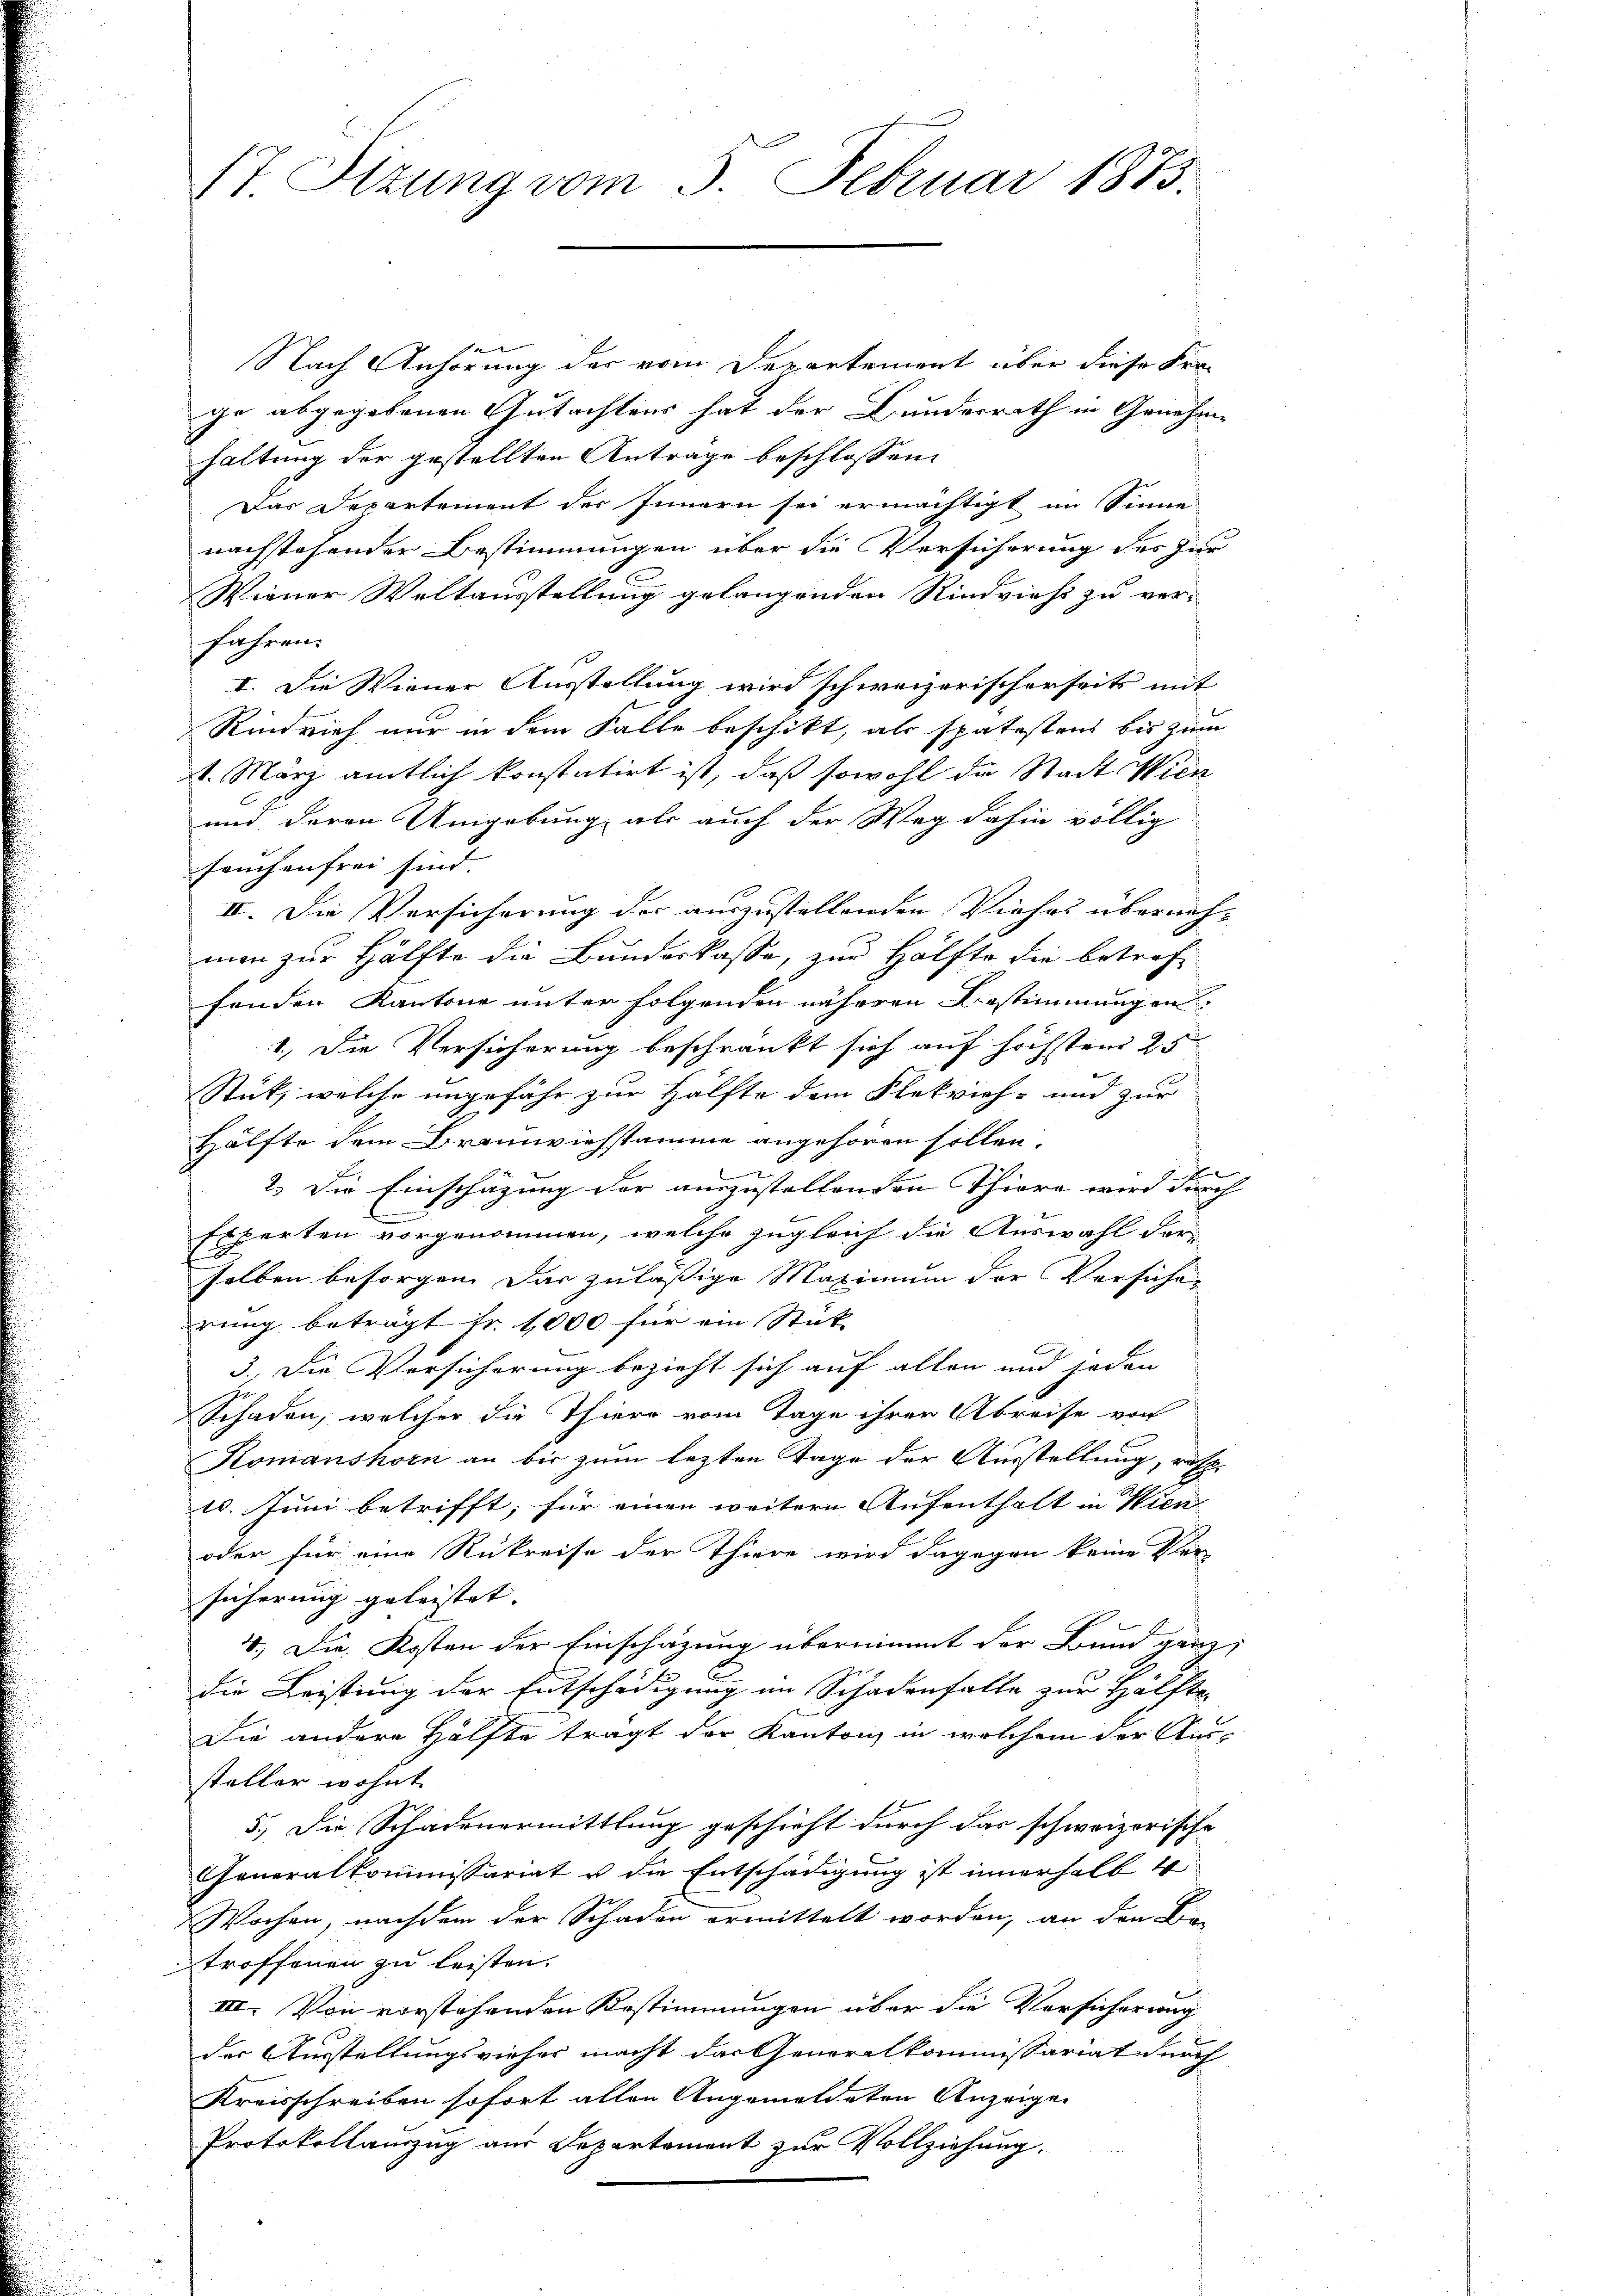
(7 Sizung vom 5. Februar 1873.

e
Nach Anhörung des vom Departement über diese Frage abgegebenen Gutachtens hat der Bundesrath in Genehme
haltung der gestellten Antrage beschlossen:
Das Departement des Innern sei ermächtigt im Sinne
nachstehender Bestimmungen über die Versicherung des zur
Wiener Weltausstellung gelangenden Rindvieh zu ver-
fahren.
I. Die Wiener Ausstellung wird schweizerischerseits mit
Rindvieh nur in dem Falle beschikt, als spätestens bis zum
1. März amtlich konstatirt ist, daß sowohl die Stadt Wien
und deren Umgebung als auch der Weg dahin völlig
feuchenfrei sind.
II. Die Versicherung der auszustellenden Viehes überneh-
man zur Hälfte die Bundeskasse, zur Hälfte die betreffenden Kantone unter folgenden näheren Bestimmungen
1.) Die Versicherung beschränkt sich auf höchsten 25
Stut, welche ungefähr zur Hälfte dem Flekrich- und zur
Hälfte dem Braunviehstamme angehören sollen.
2.) Die Einschazung der auszustellenden Thiero wird durch
Experten vorgenommen, welche zugleich die Auswahl der
selben besorgen. Das zulässige Maximum der Versichen
rung beträgt Fr. 1000 für ein Stück-
3. Die Versicherung bezieht sich auf allen und jeden
Schaden, welcher die Thiere vom Tage ihrer Abreise von
Komanshorn an bis zum lezten Tage der Ausstellung, resp.
10. Juni betrifft, für einen weitere Aufenthalt in Wien
oder für eine Rükreise der Thiere wird dagegen keine Ver-
sicherung geleistet. |
4.) Die Kosten der Einschazung übernimmt der Bund ganz
die Leistung der Entschädigung im Schadenfalle zur Hälfte
Die andere Hälfte trägt der Kanton, in welchem der Aus-
steller wohnt
5.) Die Schadenermittlung geschieht durch das schweizerische
Generalkommissariat u die Entschädigung ist innerhalb 4
Wochen, nachdem der Schaden ermittelt worden, an den Be-
troffenen zu leisten.
III. Von vorstehenden Bestimmungen über die Vorsicherung
der Ausstellungsvieher macht das Generalkommissariat durch
Kreisschreiben sofort allen Angemeldeten Anzeigen
Protokollauszug aus Departement zur Vollziehung.